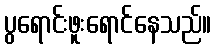
ပွရောင်းဖူးရောင်နေသည်။